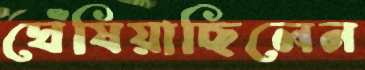
ঘেঁষিয়াছিলেন